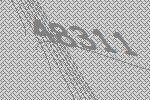
48311